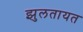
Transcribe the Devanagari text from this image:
झुलतायत